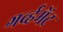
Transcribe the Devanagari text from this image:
गर्व्हमेंट